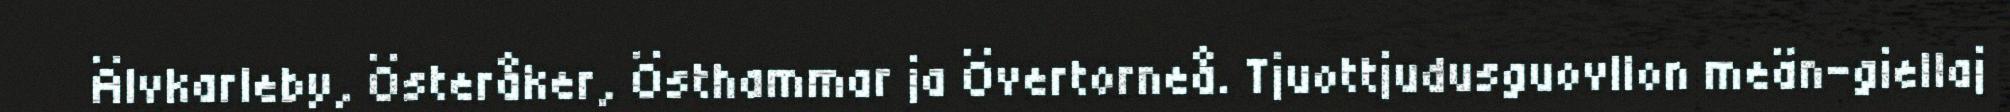
Älvkarleby, Österåker, Östhammar ja Övertorneå. Tjuottjudusguovllon meän-giellaj